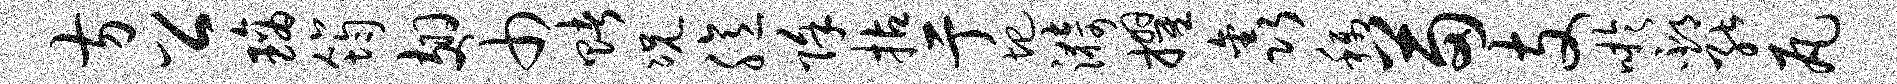
方公璃筠翅巾赌况臆除拈亍圯漪擢鑫称苗支吁邳能瓦